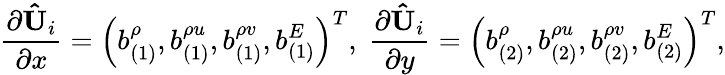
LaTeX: \frac{\partial{\mathbf{\hat{U}}_{i}}}{\partial x}=\left(b_{(1)}^{\rho},b_{(1)}^{\rho u},b_{(1)}^{\rho v},b_{(1)}^{E}\right)^{T},\ \frac{\partial{\mathbf{\hat{U}}_{i}}}{\partial y}=\left(b_{(2)}^{\rho},b_{(2)}^{\rho u},b_{(2)}^{\rho v},b_{(2)}^{E}\right)^{T},